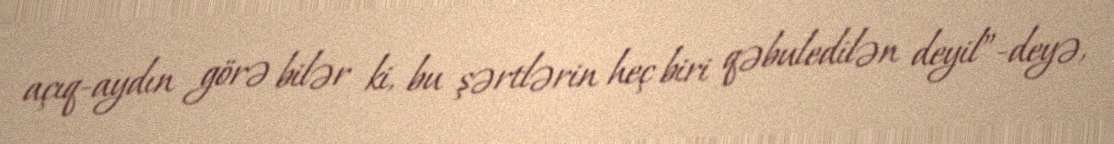
açıq-aydın görə bilər ki, bu şərtlərin heç biri qəbuledilən deyil”-deyə,